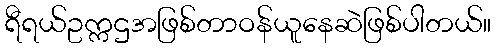
ရီရယ်ဥက္ကဌအဖြစ်တာဝန်ယူနေဆဲဖြစ်ပါတယ်။